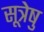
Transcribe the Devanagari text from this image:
सूत्रेषु